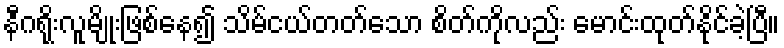
နီဂရိုးလူမျိုးဖြစ်နေ၍ သိမ်ငယ်တတ်သော စိတ်ကိုလည်း မောင်းထုတ်နိုင်ခဲ့ပြီ။